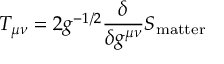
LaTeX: T _ { \mu \nu } = 2 g ^ { - 1 / 2 } \frac { \delta } { \delta g ^ { \mu \nu } } S _ { \mathrm { m a t t e r } }